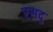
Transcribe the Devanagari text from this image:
रसदु